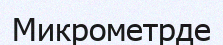
Микрометрде